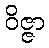
ဝိဇ္ဇာ